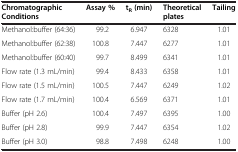
<table><thead><tr><td><b>Chromatographic Conditions</b></td><td><b>Assay %</b></td><td><b>t<sub>R</sub>(min)</b></td><td><b>Theoretical plates</b></td><td><b>Tailing</b></td></tr></thead><tbody><tr><td>Methanol:buffer (64:36)</td><td>99.2</td><td>6.947</td><td>6328</td><td>1.01</td></tr><tr><td>Methanol:buffer (62:38)</td><td>100.8</td><td>7.447</td><td>6277</td><td>1.01</td></tr><tr><td>Methanol:buffer (60:40)</td><td>99.7</td><td>8.499</td><td>6341</td><td>1.01</td></tr><tr><td>Flow rate (1.3 mL/min)</td><td>99.4</td><td>8.433</td><td>6358</td><td>1.01</td></tr><tr><td>Flow rate (1.5 mL/min)</td><td>100.5</td><td>7.447</td><td>6249</td><td>1.02</td></tr><tr><td>Flow rate (1.7 mL/min)</td><td>100.4</td><td>6.569</td><td>6371</td><td>1.01</td></tr><tr><td>Buffer (pH 2.6)</td><td>100.4</td><td>7.497</td><td>6395</td><td>1.00</td></tr><tr><td>Buffer (pH 2.8)</td><td>99.9</td><td>7.447</td><td>6354</td><td>1.02</td></tr><tr><td>Buffer (pH 3.0)</td><td>98.8</td><td>7.498</td><td>6248</td><td>1.00</td></tr></tbody></table>